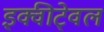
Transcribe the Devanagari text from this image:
इक्वीटे्वल